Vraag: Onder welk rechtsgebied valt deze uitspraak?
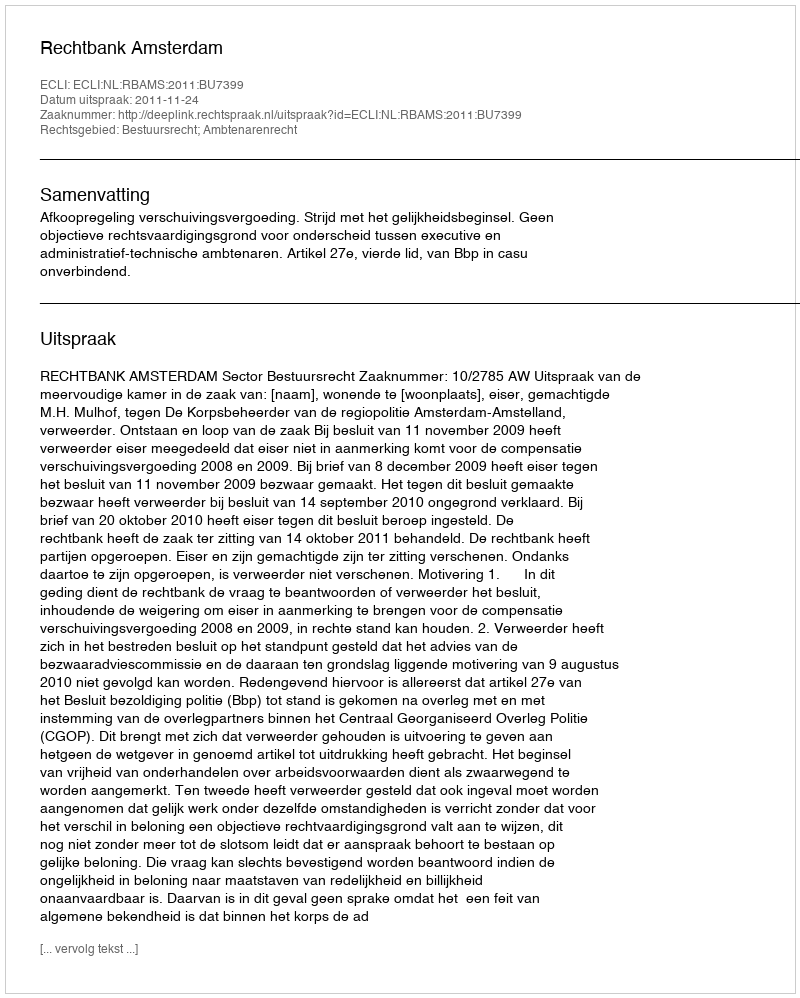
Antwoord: Bestuursrecht; Ambtenarenrecht